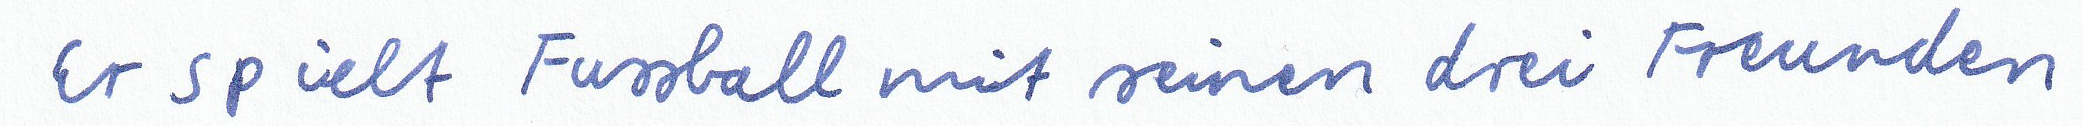
Er spielt Fussball mit seinen drei Freunden